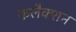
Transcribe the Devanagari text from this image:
कलैक्शन